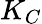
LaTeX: K_{C}